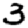
Digit: 3